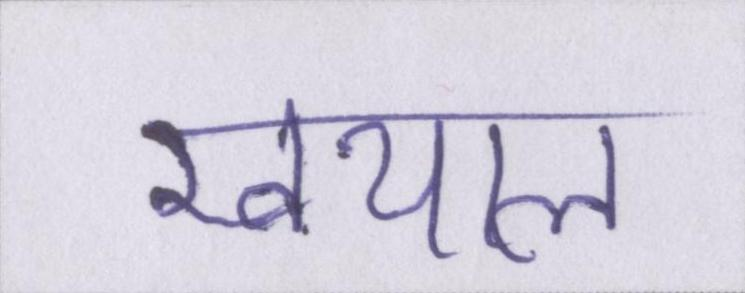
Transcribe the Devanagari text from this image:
खयाल